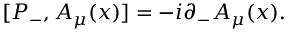
[ P _ { - } , A _ { \mu } ( x ) ] = - i { \partial } _ { - } A _ { \mu } ( x ) .